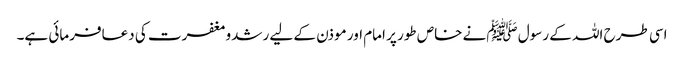
اسی طرح اللہ کے رسول ﷺنے خاص طور پر امام اور موذن کے لیے رشدومغفرت کی دعافرمائی ہے۔